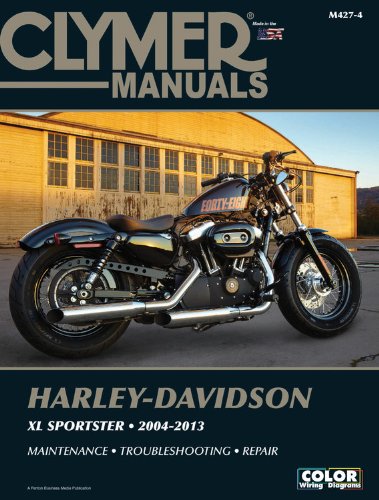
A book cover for Harley-Davidson XL883 XL1200 Sportster 2004-2013 (Clymer Manuals: Motorcycle Repair); Penton Staff; Engineering & Transportation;